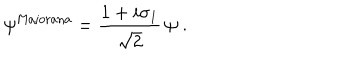
LaTeX: \psi ^ { \mathrm { M a j o r a n a } } = \frac { 1 + i \sigma _ { 1 } } { \sqrt { 2 } } \, \psi \; .